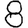
Digit: 8